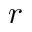
r